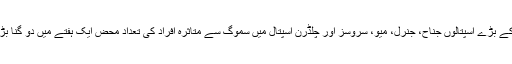
لاہور کے بڑے اسپتالوں جناح، جنرل، میو، سروسز اور چلڈرن اسپتال میں سموگ سے متاثرہ افراد کی تعداد محض ایک ہفتے میں دو گنا بڑھ گئی۔